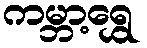
ကမ္ဘာ့ရွှေ